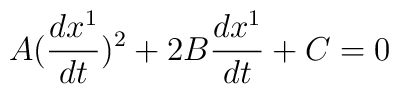
A(\frac{dx^1}{dt})^2+2B\frac{dx^1}{dt}+C=0